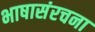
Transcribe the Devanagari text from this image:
भाषासंरचना